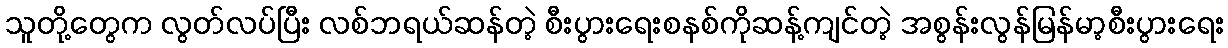
သူတို့တွေက လွတ်လပ်ပြီး လစ်ဘရယ်ဆန်တဲ့ စီးပွားရေးစနစ်ကိုဆန့်ကျင်တဲ့ အစွန်းလွန်မြန်မာ့စီးပွားရေး